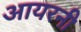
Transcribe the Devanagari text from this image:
आयरनी